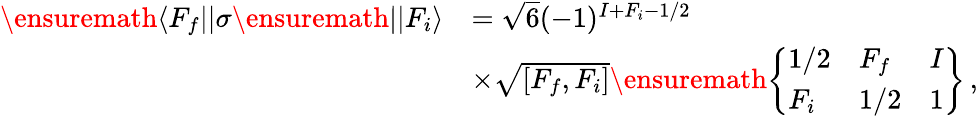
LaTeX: \begin{array}{rl}{\ensuremath{\langle F_{f}||}{\sigma}\ensuremath{||F_{i}\rangle}}&{=\sqrt{6}(-1)^{I+F_{i}-1/2}}\\ &{\times\sqrt{[F_{f},F_{i}]}\ensuremath{\left\{ \begin{array}{lll}{1/2}&{F_{f}}&{I}\\ {F_{i}}&{1/2}&{1}\end{array}\right\} }\, ,}\end{array}